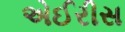
એઈરીસ